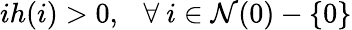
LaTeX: ih(i)>0,\ \ \ \forall\ i\in\mathcal{N}(0)-\{ 0\}